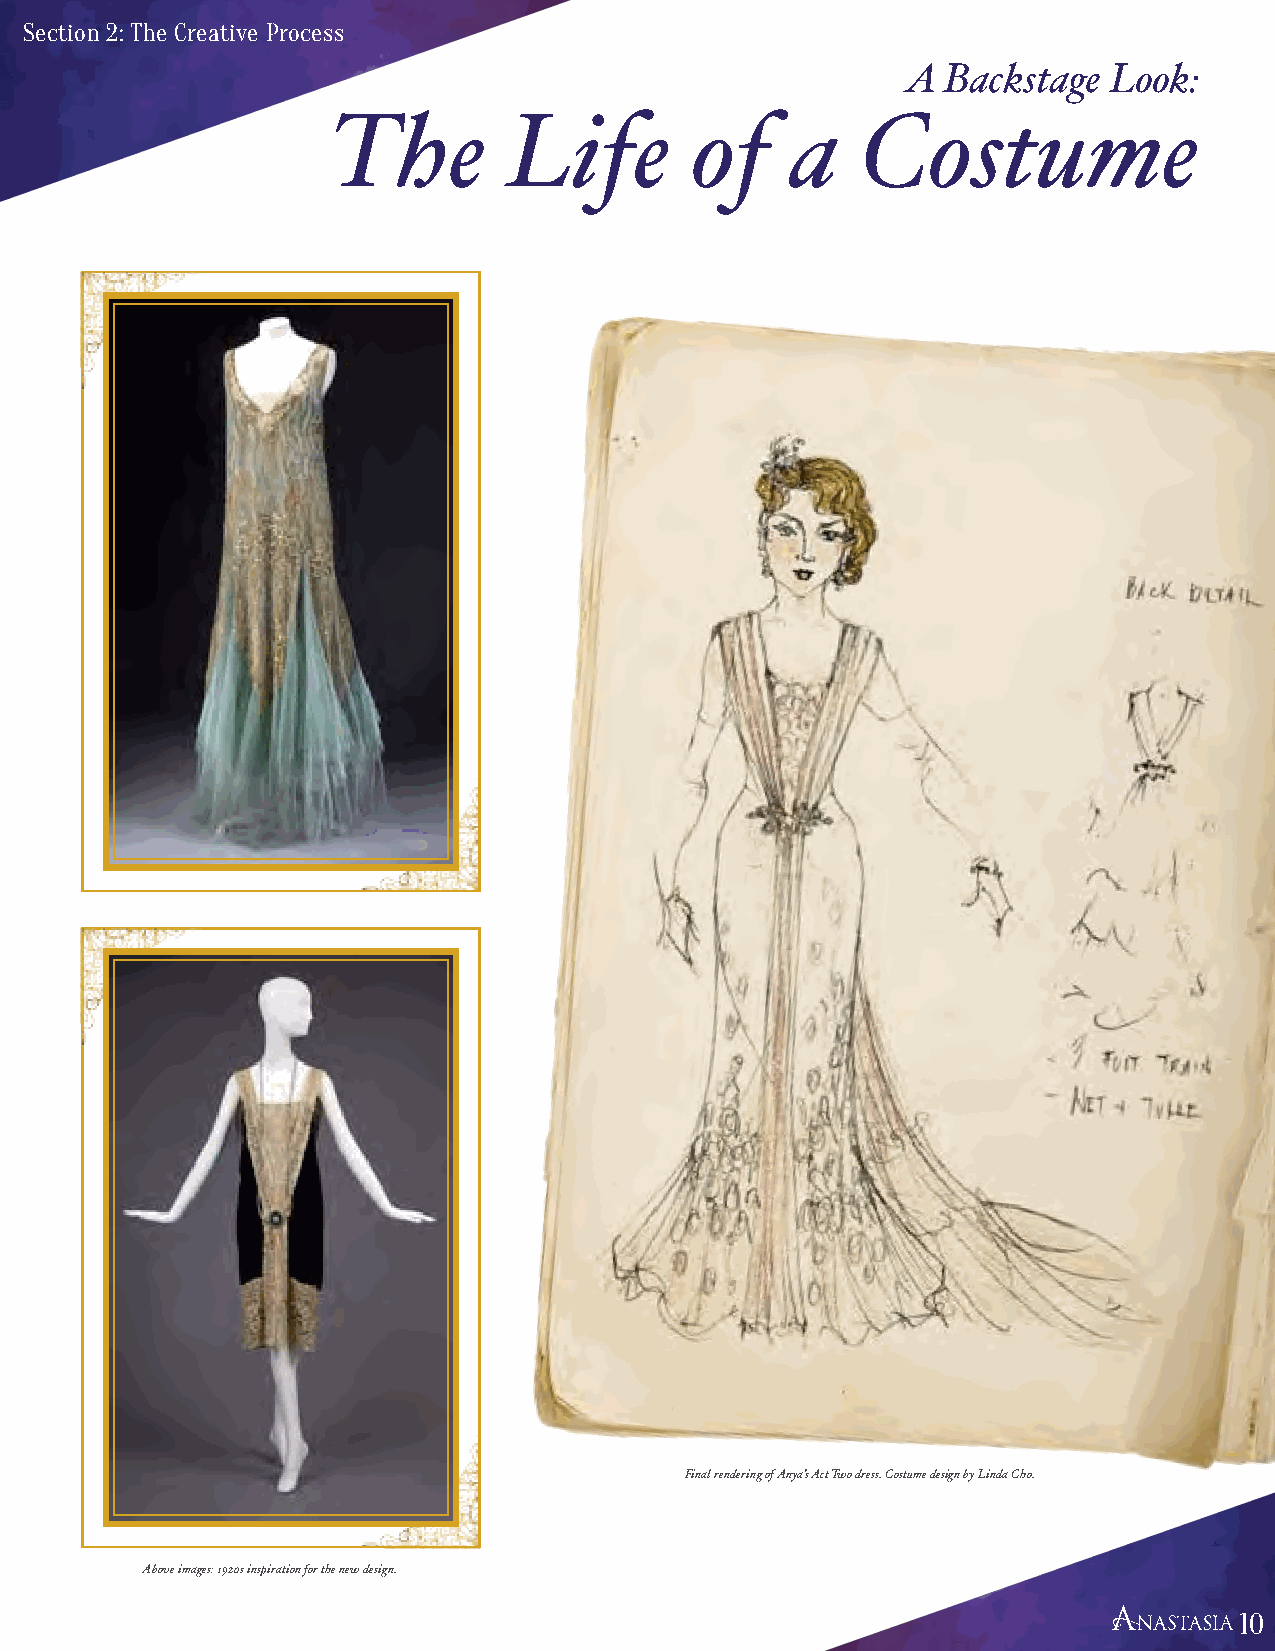
Section 2: The Creative Process
 A  Backstage Look:
 The         Life        of    a    Costume
 Final rendering of Anya’s Act Two dress. Costume design by Linda Cho.
 Above images: 1920s inspiration for the new design.
 10